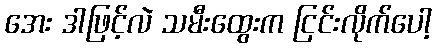
အေး ဒါဖြင့်လဲ သမီးထွေးက ငြင်းလိုက်ပေါ့